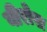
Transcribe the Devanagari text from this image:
वीरोस